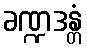
ခဏ္ဍဒန္တံ